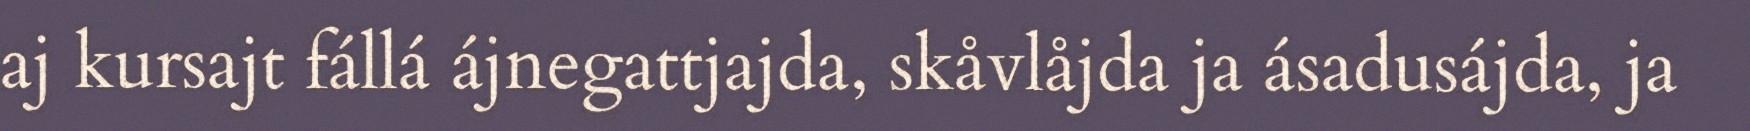
aj kursajt fállá ájnegattjajda, skåvlåjda ja ásadusájda, ja